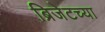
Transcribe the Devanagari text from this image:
ब्रिजेटच्या